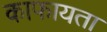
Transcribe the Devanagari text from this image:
काफायता